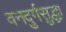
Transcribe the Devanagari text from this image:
वनदुर्गसुद्धा